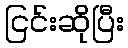
ငြင်းဆိုပြီး